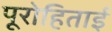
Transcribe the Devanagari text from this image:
पूरोहिताई